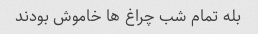
بله تمام شب چراغ ها خاموش بودند